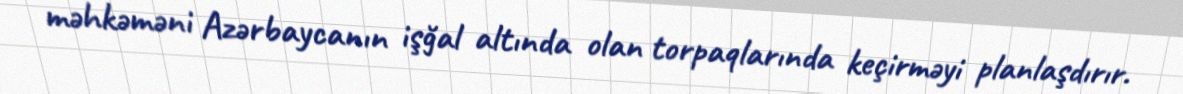
məhkəməni Azərbaycanın işğal altında olan torpaqlarında keçirməyi planlaşdırır.